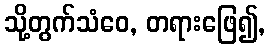
သို့တွက်သံဝေ, တရားဖြေ၍,